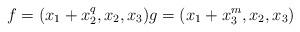
LaTeX: \begin{align*}f = (x_1 + x_2^q, x_2, x_3) g = (x_1 + x_3^m, x_2,x_3)\end{align*}